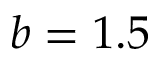
b = 1 . 5